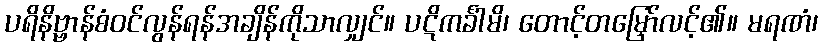
ပရိနိဗ္ဗာန်စံဝင်လွန်ရန်အချိန်ကိုသာလျှင်။ ပဋိကင်္ခါမိ၊ တောင့်တမြှော်လင့်၏။ မရဏံ၊